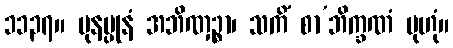
၁၁၃၇။ ပုနပ္ပုနံ အဘိဏှဉ္စာ၊ သကိံ စာ’ဘိက္ခဏံ မုဟုံ။